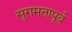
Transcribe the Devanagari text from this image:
सुगमतापूर्व